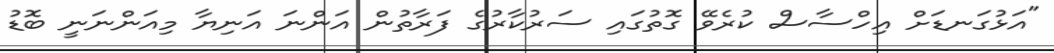
"އަޅުގަނޑަށް އިހްސާސް ކުރެވޭ ގޮތުގައި ސަރުކާރުގެ ފަރާތުން އަންނަ އަނިޔާ މިއަންނަނީ ބޮޑު